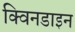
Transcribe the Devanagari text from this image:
क्विनडाइन